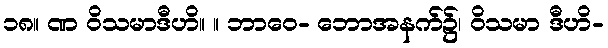
၁၈။ ဏ ဝိသမာဒီဟိ။ ။ ဘာဝေ- ဘောအနက်၌၊ ဝိသမာ ဒီဟိ-